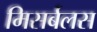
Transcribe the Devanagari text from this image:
मिसर्बलस